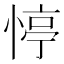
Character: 𢝜